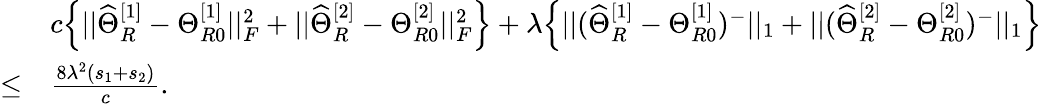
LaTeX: \begin{array}{rl}&{c\Big\{ ||\widehat{\Theta}_{R}^{[1]}-\Theta_{R0}^{[1]}||_{F}^{2}+||\widehat{\Theta}_{R}^{[2]}-\Theta_{R0}^{[2]}||_{F}^{2}\Big\} +\lambda\Big\{ ||(\widehat{\Theta}_{R}^{[1]}-\Theta_{R0}^{[1]})^{-}||_{1}+||(\widehat{\Theta}_{R}^{[2]}-\Theta_{R0}^{[2]})^{-}||_{1}\Big\} }\\ {\leq}&{\frac{8\lambda^{2}(s_{1}+s_{2})}{c}.}\end{array}